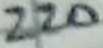
Text: 220